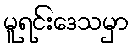
မူရင်းဒေသမှာ